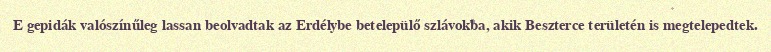
E gepidák valószínűleg lassan beolvadtak az Erdélybe betelepülő szlávokba, akik Beszterce területén is megtelepedtek.